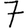
Digit: 7